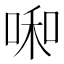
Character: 啝